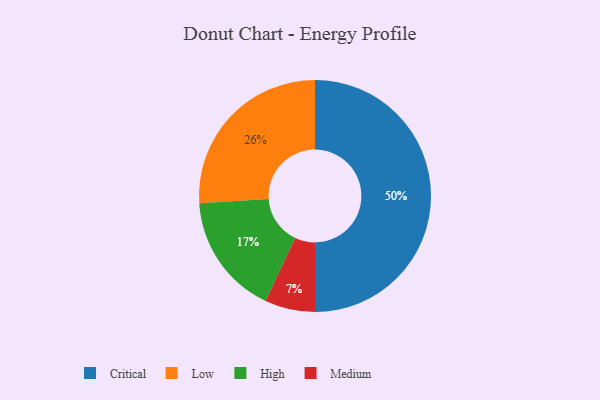
{"axis": {"x": "Category", "y": "Percentage"}, "legend": ["Critical", "High", "Low", "Medium"], "data": [{"x": "Critical", "y": 50, "type": "Critical"}, {"x": "Medium", "y": 7, "type": "Medium"}, {"x": "Low", "y": 26, "type": "Low"}, {"x": "High", "y": 17, "type": "High"}]}